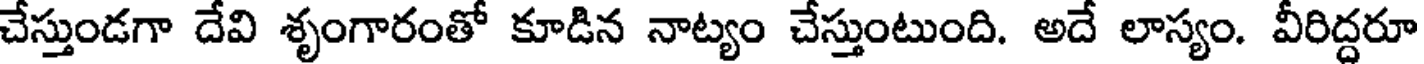
చేస్తుండగా దేవి శృంగారంతో కూడిన నాట్యం చేస్తుంటుంది. అదే లాస్యం. వీరిద్దరూ